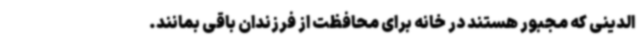
الدینی که مجبور هستند در خانه برای محافظت از فرزندان باقی بمانند.